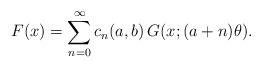
\begin{align*}F(x) = \sum_{n=0}^\infty c_n(a,b)\, G(x;(a+n)\theta).\end{align*}